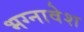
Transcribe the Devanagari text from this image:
भग्नावेश